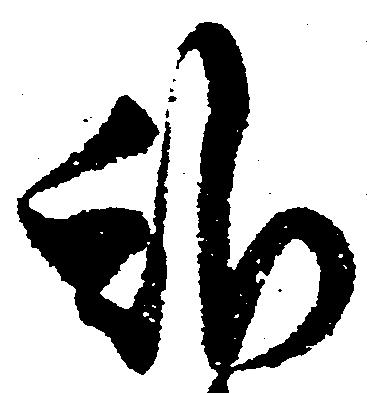
雖